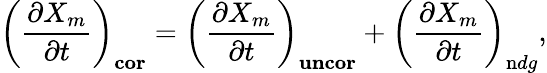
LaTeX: \left(\frac{\partial X_{m}}{\partial t}\right)_{\mathbf{cor}}=\left(\frac{\partial X_{m}}{\partial t}\right)_{\mathbf{uncor}}+\left(\frac{\partial X_{m}}{\partial t}\right)_{\mathrm{n}dg},